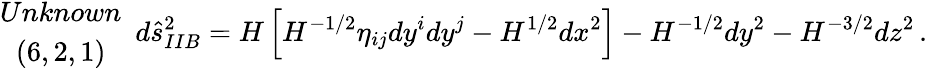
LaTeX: \begin{array}{c}{{Unknown}}\\ {{(6,2,1)}}\end{array}\, \, \, d\hat{s}_{IIB}^{2}=H\left[H^{-1/2}\eta_{ij}dy^{i}dy^{j}-H^{1/2}dx^{2}\right]-H^{-1/2}dy^{2}-H^{-3/2}dz^{2}\, .